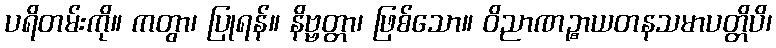
ပရိတမ်းကို။ ကတွာ၊ ပြုရန်။ နိဗ္ဗတ္တာ၊ ဖြစ်သော။ ဝိညာဏဉ္စာယတနသမာပတ္တိပိ၊